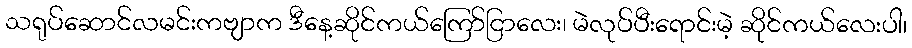
သရုပ်ဆောင်လမင်းကဗျာက ဒီနေ့ဆိုင်ကယ်ကြော်ငြာလေး၊ မဲလုပ်ပီးရောင်းမဲ့ ဆိုင်ကယ်လေးပါ၊